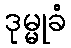
ဒုမ္မုခံ